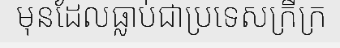
មុនដែលធ្លាប់ជាប្រទេសក្រីក្រ